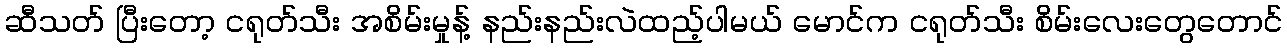
ဆီသတ် ပြီးတော့ ငရုတ်သီး အစိမ်းမှုန့် နည်းနည်းလဲထည့်ပါမယ် မောင်က ငရုတ်သီး စိမ်းလေးတွေတောင်